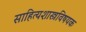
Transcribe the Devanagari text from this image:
साहित्यशास्त्रविषयक